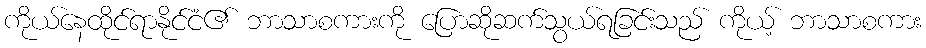
ကိုယ်နေထိုင်ရာနိုင်ငံ၏ ဘာသာစကားကို ပြောဆိုဆက်သွယ်ရခြင်းသည် ကိုယ့် ဘာသာစကား